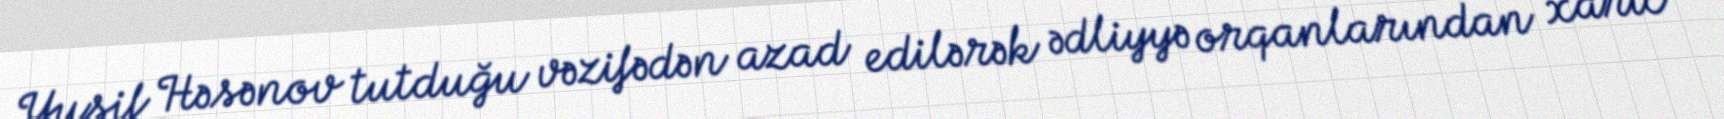
Yusif Həsənov tutduğu vəzifədən azad edilərək ədliyyə orqanlarından xaric